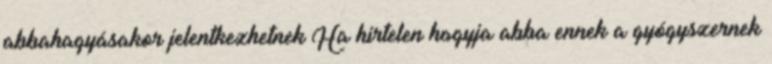
abbahagyásakor jelentkezhetnek Ha hirtelen hagyja abba ennek a gyógyszernek